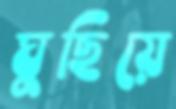
ঘুছিয়ে